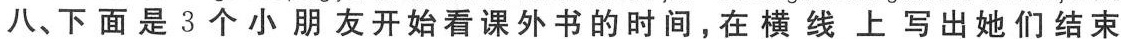
八、下面是3个小朋友开始看课外书的时间，在横线上写出她们结束